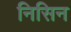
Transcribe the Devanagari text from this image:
निसिन